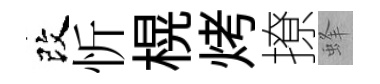
改忻榥烤撩蜂